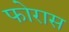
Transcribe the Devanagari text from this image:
फोरास